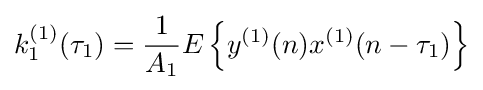
k_{1}^{(1)}(\tau _{1})={\frac {1}{A_{1}}}E\left\{y^{(1)}(n)x^{(1)}(n-\tau _{1})\right\}